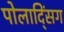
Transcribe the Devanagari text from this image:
पोलाद्सिंग